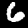
Label: 6